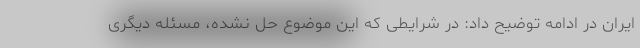
ایران در ادامه توضیح داد: در شرایطی که این موضوع حل نشده، مسئله دیگری